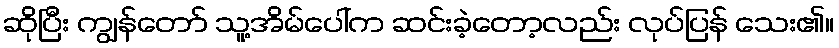
ဆိုပြီး ကျွန်တော် သူ့အိမ်ပေါ်က ဆင်းခဲ့တော့လည်း လုပ်ပြန် သေး၏။